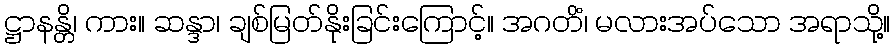
ဋ္ဌာနန္တိ၊ ကား။ ဆန္ဒာ၊ ချစ်မြတ်နိုးခြင်းကြောင့်။ အဂတိံ၊ မလားအပ်သော အရာသို့။